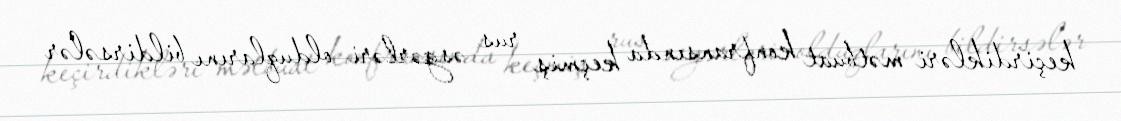
keçirdikləri mətbuat konfransında keçmiş rus əsgərləri olduqlarını bildirsələr